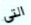
التي